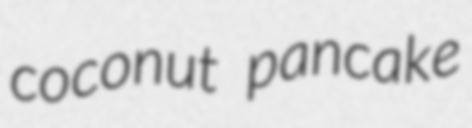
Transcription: coconut pancake